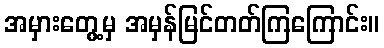
အမှားတွေ့မှ အမှန်မြင်တတ်ကြကြောင်း။